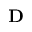
\mathbf { D }